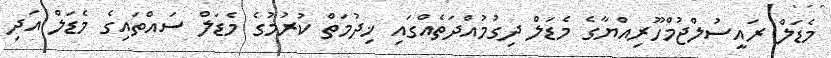
މެޑަލް ރައީސުލްޖުމްހޫރިއްޔާގެ މެޑަލް ދިގުމުއްދަތެއްގައި ޚިދުމަތް ކުރުމުގެ މެޑަލް ސައްތައިގެ މެޑަލް އަދި